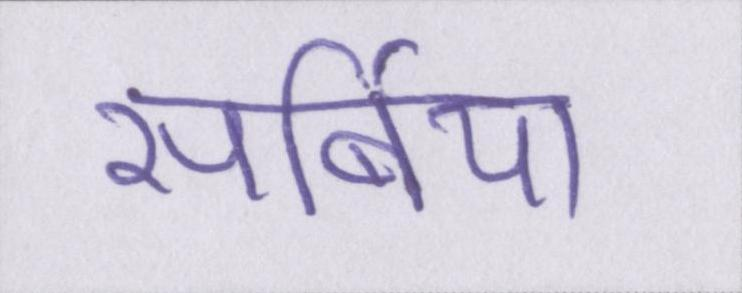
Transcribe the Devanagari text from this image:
सर्बिया